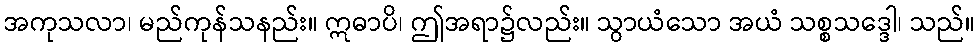
အကုသလာ၊ မည်ကုန်သနည်း။ ဣဓာပိ၊ ဤအရာ၌လည်း။ သွာယံသော အယံ သစ္စသဒ္ဒေါ၊ သည်။